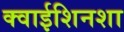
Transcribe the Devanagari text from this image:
क्वाईशिनशा